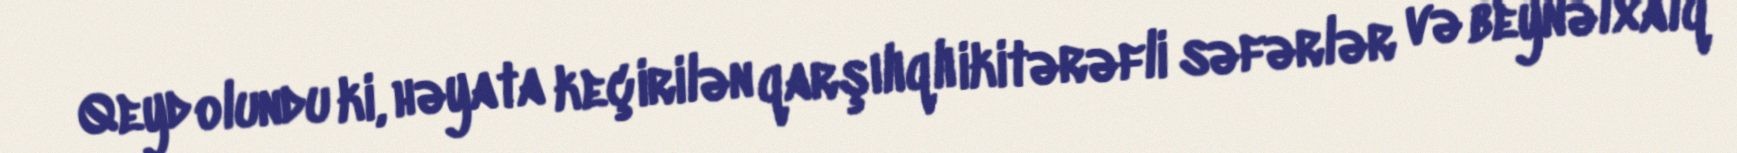
Qeyd olundu ki, həyata keçirilən qarşılıqlı ikitərəfli səfərlər və beynəlxalq